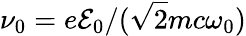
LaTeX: \nu_{0}=e{\cal E}_{0}/(\sqrt{2}mc\omega_{0})